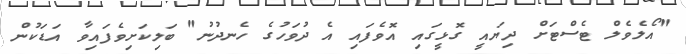
"އޯލެވެލް ޓެސްޓަށް ދިޔައީ ގޮޅީގައި އޮވެފައި އެ ދުވަހުގެ ހެނދުނު" ބަލިކަށިވެފައިވާ އަޑަކުން